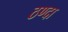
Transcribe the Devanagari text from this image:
ठण्दा